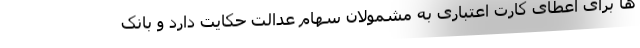
ها برای اعطای کارت اعتباری به مشمولان سهام عدالت حکایت دارد و بانک